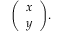
{ \left( \begin{array} { l } { x } \\ { y } \end{array} \right) } .